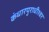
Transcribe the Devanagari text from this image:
कंधारपुराधीश्वर